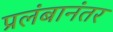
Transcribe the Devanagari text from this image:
प्रलंबानंतर